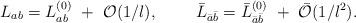
LaTeX: \begin{align*}L_{ab}=L^{(0)}_{ab}~+~{\cal O}(1/l),~~~~~~~\bar L_{\bar a\bar b}=\bar L^{(0)}_{\bar a\bar b}~+~\bar{\cal O}(1/l^2).\end{align*}